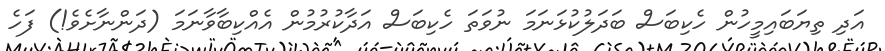
އަދި ތިޔަބައިމީހުން ހެކިބަސް ބަދަލުކުޅަނަމަ ނުވަތަ ހެކިބަސް އަދާކުރުމުން އެއްކިބާވާނަމަ (ދަންނާށެވެ!) ފަހެ